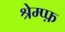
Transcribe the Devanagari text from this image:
श्रेम्प्फ़